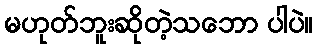
မဟုတ်ဘူးဆိုတဲ့သဘော ပါပဲ။